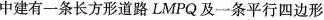
中建有一条长方形道路LMPQ及一条平行四边形